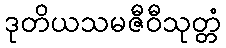
ဒုတိယသမဇီဝီသုတ္တံ